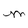
Character: M